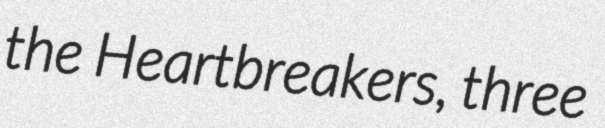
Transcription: the Heartbreakers, three